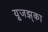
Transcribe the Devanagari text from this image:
यूजझ्‌का